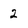
Character: 2